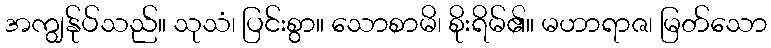
အကျွန်ုပ်သည်။ သုသံ၊ ပြင်းစွာ။ သောစာမိ၊ စိုးရိမ်၏။ မဟာရာဇ၊ မြတ်သော